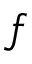
f